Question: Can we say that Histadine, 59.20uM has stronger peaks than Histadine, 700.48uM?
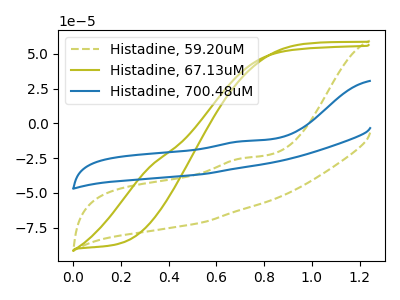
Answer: <think>The olive dashed curve "Histadine, 59.20uM" has an anodic peak at: (0.70V, -25.15uA). The olive curve "Histadine, 67.13uM" has no peaks. The blue curve "Histadine, 700.48uM" has an anodic peak at: (0.70V, -12.90uA).</think>
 <answer>Every peak in "Histadine, 59.20uM" is lower than every peak in "Histadine, 700.48uM".</answer>
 <eval>lower</eval>